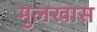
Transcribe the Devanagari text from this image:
मुलखास